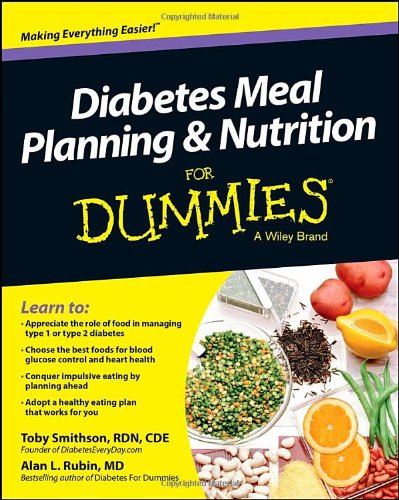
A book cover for Diabetes Meal Planning and Nutrition For Dummies; Toby Smithson; Health, Fitness & Dieting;